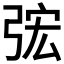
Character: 𭚴